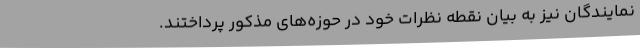
نمایندگان نیز به بیان نقطه نظرات خود در حوزه‌های مذکور پرداختند.